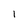
Character: 1